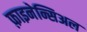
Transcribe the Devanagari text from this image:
फ़ाइनेन्सिअल